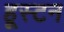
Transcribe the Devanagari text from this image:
हूस्टन